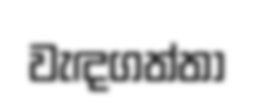
වැඳගත්තා